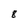
Character: 8